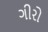
ગીરો